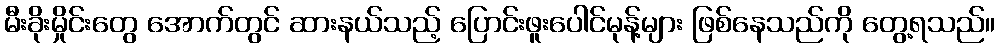
မီးခိုးမှိုင်းတွေ အောက်တွင် ဆားနယ်သည့် ပြောင်းဖူးပေါင်မုန့်များ ဖြစ်နေသည်ကို တွေ့ရသည်။